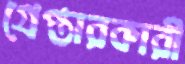
গ্রেপ্তারকারী